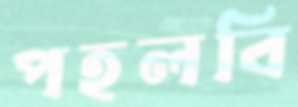
পহলবি